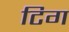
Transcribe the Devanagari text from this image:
टिग